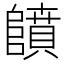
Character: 𱀳